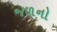
જળનો